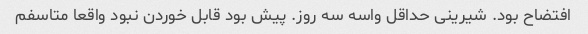
افتضاح بود. شیرینی حداقل واسه سه روز. پیش بود قابل خوردن نبود واقعا متاسفم